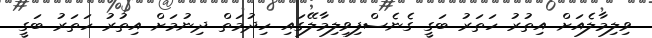
ވިލިމާލެއަށް އިތުރު ހަތަރު ބަގީ ގެނެސްފިވިލިމާލޭގައި ހިދުމަތް ދިނުމަށް އިތުރު ހަތަރު ބަގީ